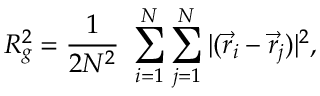
R _ { g } ^ { 2 } = \frac { 1 } { 2 N ^ { 2 } } ~ \sum _ { i = 1 } ^ { N } \sum _ { j = 1 } ^ { N } | ( { \vec { r } } _ { i } - { \vec { r } } _ { j } ) | ^ { 2 } ,